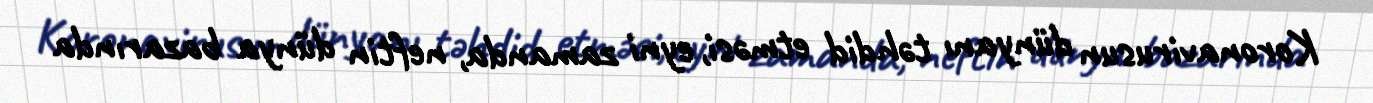
Koronavirusun dünyanı təhdid etməsi, eyni zamanda, neftin dünya bazarında